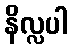
နိလ္လပါ